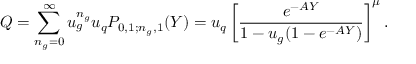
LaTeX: Q = \sum _ { n _ { g } = 0 } ^ { \infty } u _ { g } ^ { n _ { g } } u _ { q } P _ { 0 , 1 ; n _ { g } , 1 } ( Y ) = u _ { q } \left[ \frac { e ^ { - A Y } } { 1 - u _ { g } ( 1 - e ^ { - A Y } ) } \right] ^ { \mu } .